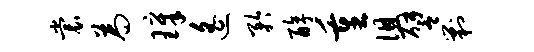
裳为璋遥矜醇重徂譬剿